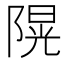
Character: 𨻙